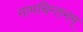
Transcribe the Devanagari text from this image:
नामचिन्तनम्